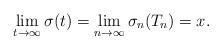
LaTeX: \begin{align*}\lim_{t \rightarrow \infty} \sigma(t) = \lim_{n \rightarrow \infty} \sigma_n(T_n) = x.\end{align*}